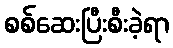
စစ်ဆေးပြီးစီးခဲ့ရာ